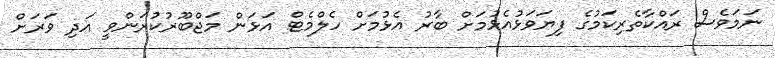
ނަމަވެސް ރައްކާތެރިކަމުގެ ފިޔަވަޅުއެޅުމަށް ބާރު އެޅުމަށް ހެލްމެޓް އަޅަން މަޖްބޫރުކުރަންވީ އަދި ވަރަށް